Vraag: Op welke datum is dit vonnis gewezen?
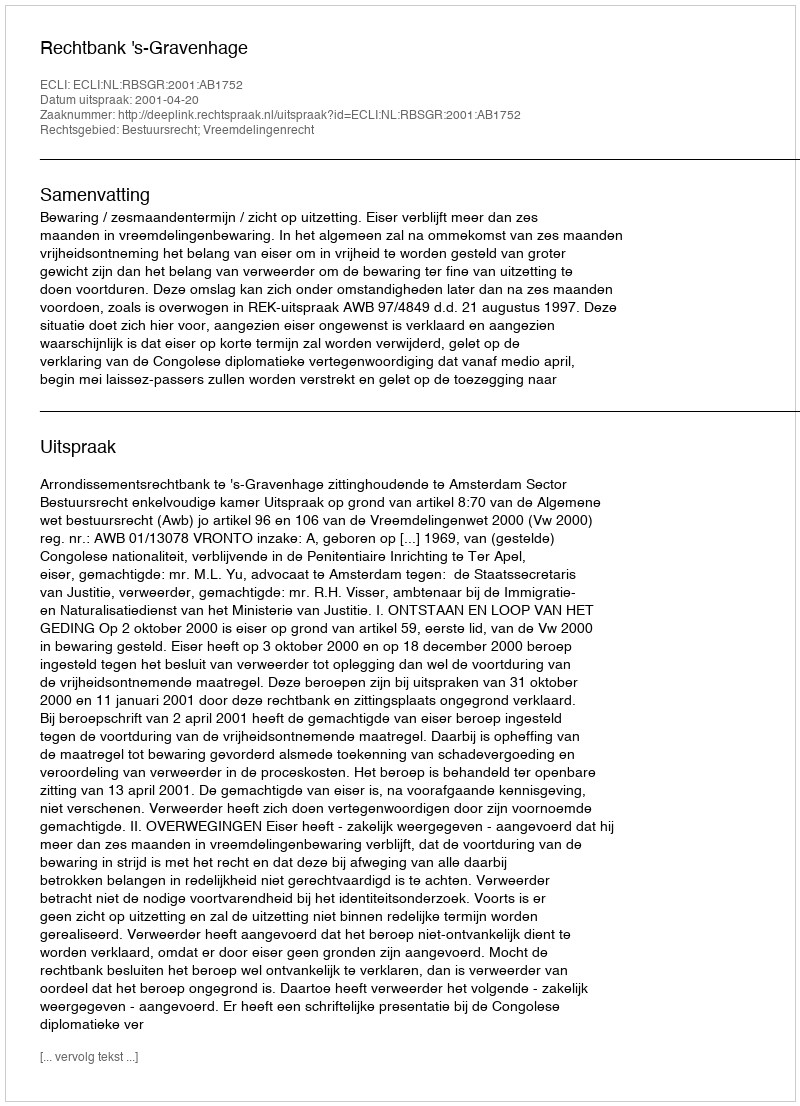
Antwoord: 2001-04-20